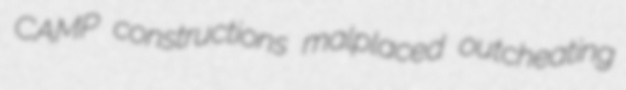
CAMP constructions malplaced outcheating